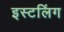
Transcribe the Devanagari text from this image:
इस्टलिंग